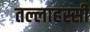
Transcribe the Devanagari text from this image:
तल्लाहस्सी